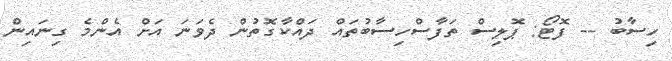
ހިސާބު -- ފޮޓޯ: ޕޮލިސް ތަފާސްހިސާބުތައް ދައްކާގޮތުން ދެވަނަ އަށް އެންމެ ގިނައިން